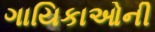
ગાયિકાઓની